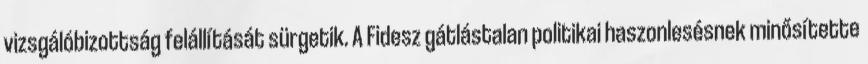
vizsgálóbizottság felállítását sürgetik. A Fidesz gátlástalan politikai haszonlesésnek minősítette